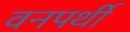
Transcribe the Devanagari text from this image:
वनपर्थी